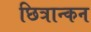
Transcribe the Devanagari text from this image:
छित्रान्कन